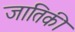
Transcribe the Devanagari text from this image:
जातिकी